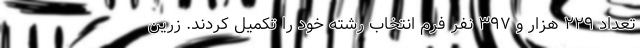
تعداد ۲۲۹ هزار و ۳۹۷ نفر فرم انتخاب رشته خود را تکمیل کردند. زرین